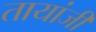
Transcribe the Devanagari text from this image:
तायांजी